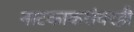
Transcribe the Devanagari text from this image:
नाटकाकरांवरही